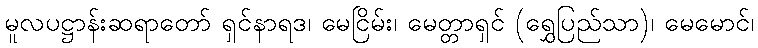
မူလပဋ္ဌာန်းဆရာတော် ရှင်နာရဒ၊ မေငြိမ်း၊ မေတ္တာရှင် (ရွှေပြည်သာ)၊ မေမောင်၊